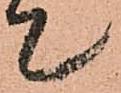
て